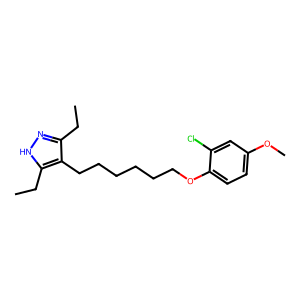
SMILES: CCc1n[nH]c(CC)c1CCCCCCOc1ccc(OC)cc1Cl
Inhibits HIV replication: No